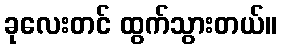
ခုလေးတင် ထွက်သွားတယ်။